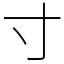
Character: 寸